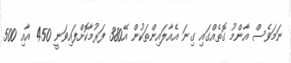
ނަމަވެސް އާންމު ގޮތެއްގައި ގިނަ އެއާލައިންތަކުން އޭ380 ފަރުމާކޮށްފައިވަނީ 450 އާއި 500